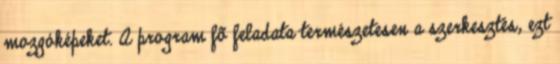
mozgóképeket. A program fõ feladata természetesen a szerkesztés, ezt